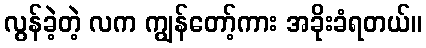
လွန်ခဲ့တဲ့ လက ကျွန်တော့်ကား အခိုးခံရတယ်။